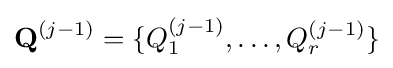
\mathbf {Q} ^{(j-1)}=\{Q_{1}^{(j-1)},\ldots ,Q_{r}^{(j-1)}\}